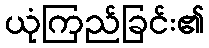
ယုံကြည်ခြင်း၏